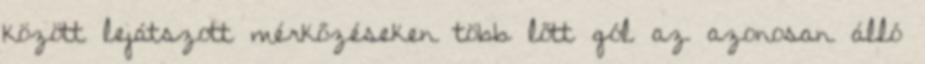
között lejátszott mérkőzéseken több lőtt gól az azonosan álló